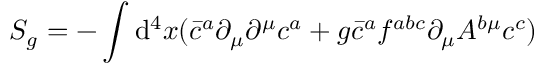
S _ { g } = - \int \operatorname { d } \! ^ { 4 } x ( { \bar { c } } ^ { a } \partial _ { \mu } \partial ^ { \mu } c ^ { a } + g { \bar { c } } ^ { a } f ^ { a b c } \partial _ { \mu } A ^ { b \mu } c ^ { c } )